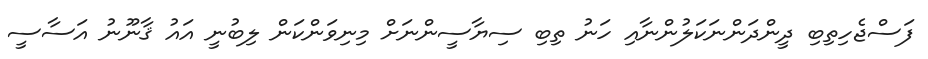
ފަސްޖެހިތިބި ދީންދަންނަކަލުންނާއި ހަނު ތިބި ސިޔާސީންނަށް މިނިވަންކަން ލިބުނީ އައު ޤާނޫނު އަސާސީ